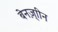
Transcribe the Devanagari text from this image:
बेनज़्ाीन